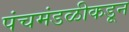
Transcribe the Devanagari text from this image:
पंचमंडळीकडून